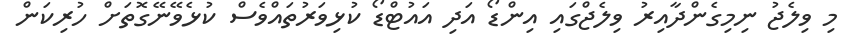
މި ވިލެޖު ނިމިގެންދާއިރު ވިލެޖްގައި އިންޑޯ އަދި އައުޓްޑޯ ކުޅިވަރުތައްވެސް ކުޅެވޭނޭގޮތަށް ހުރިކަން